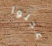
عجلوا